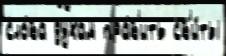
сло́ва духам пра́в'ить св'и́ты